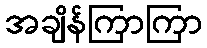
အချိန်ကြာကြာ